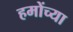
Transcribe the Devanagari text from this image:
हमोंच्या